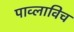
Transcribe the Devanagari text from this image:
पाव्लाविच